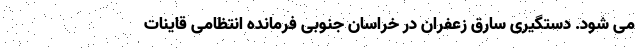
می شود. دستگیری سارق زعفران در خراسان جنوبی فرمانده انتظامی قاینات